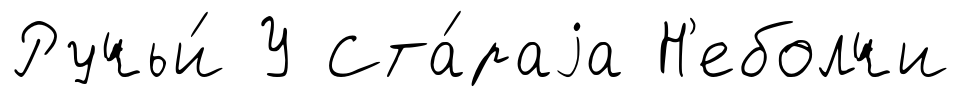
Ручьи́ У Ста́раjа Н'еболчи